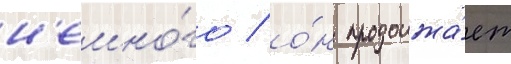
н'емно́го / о́н продолжа́ет